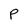
Character: P